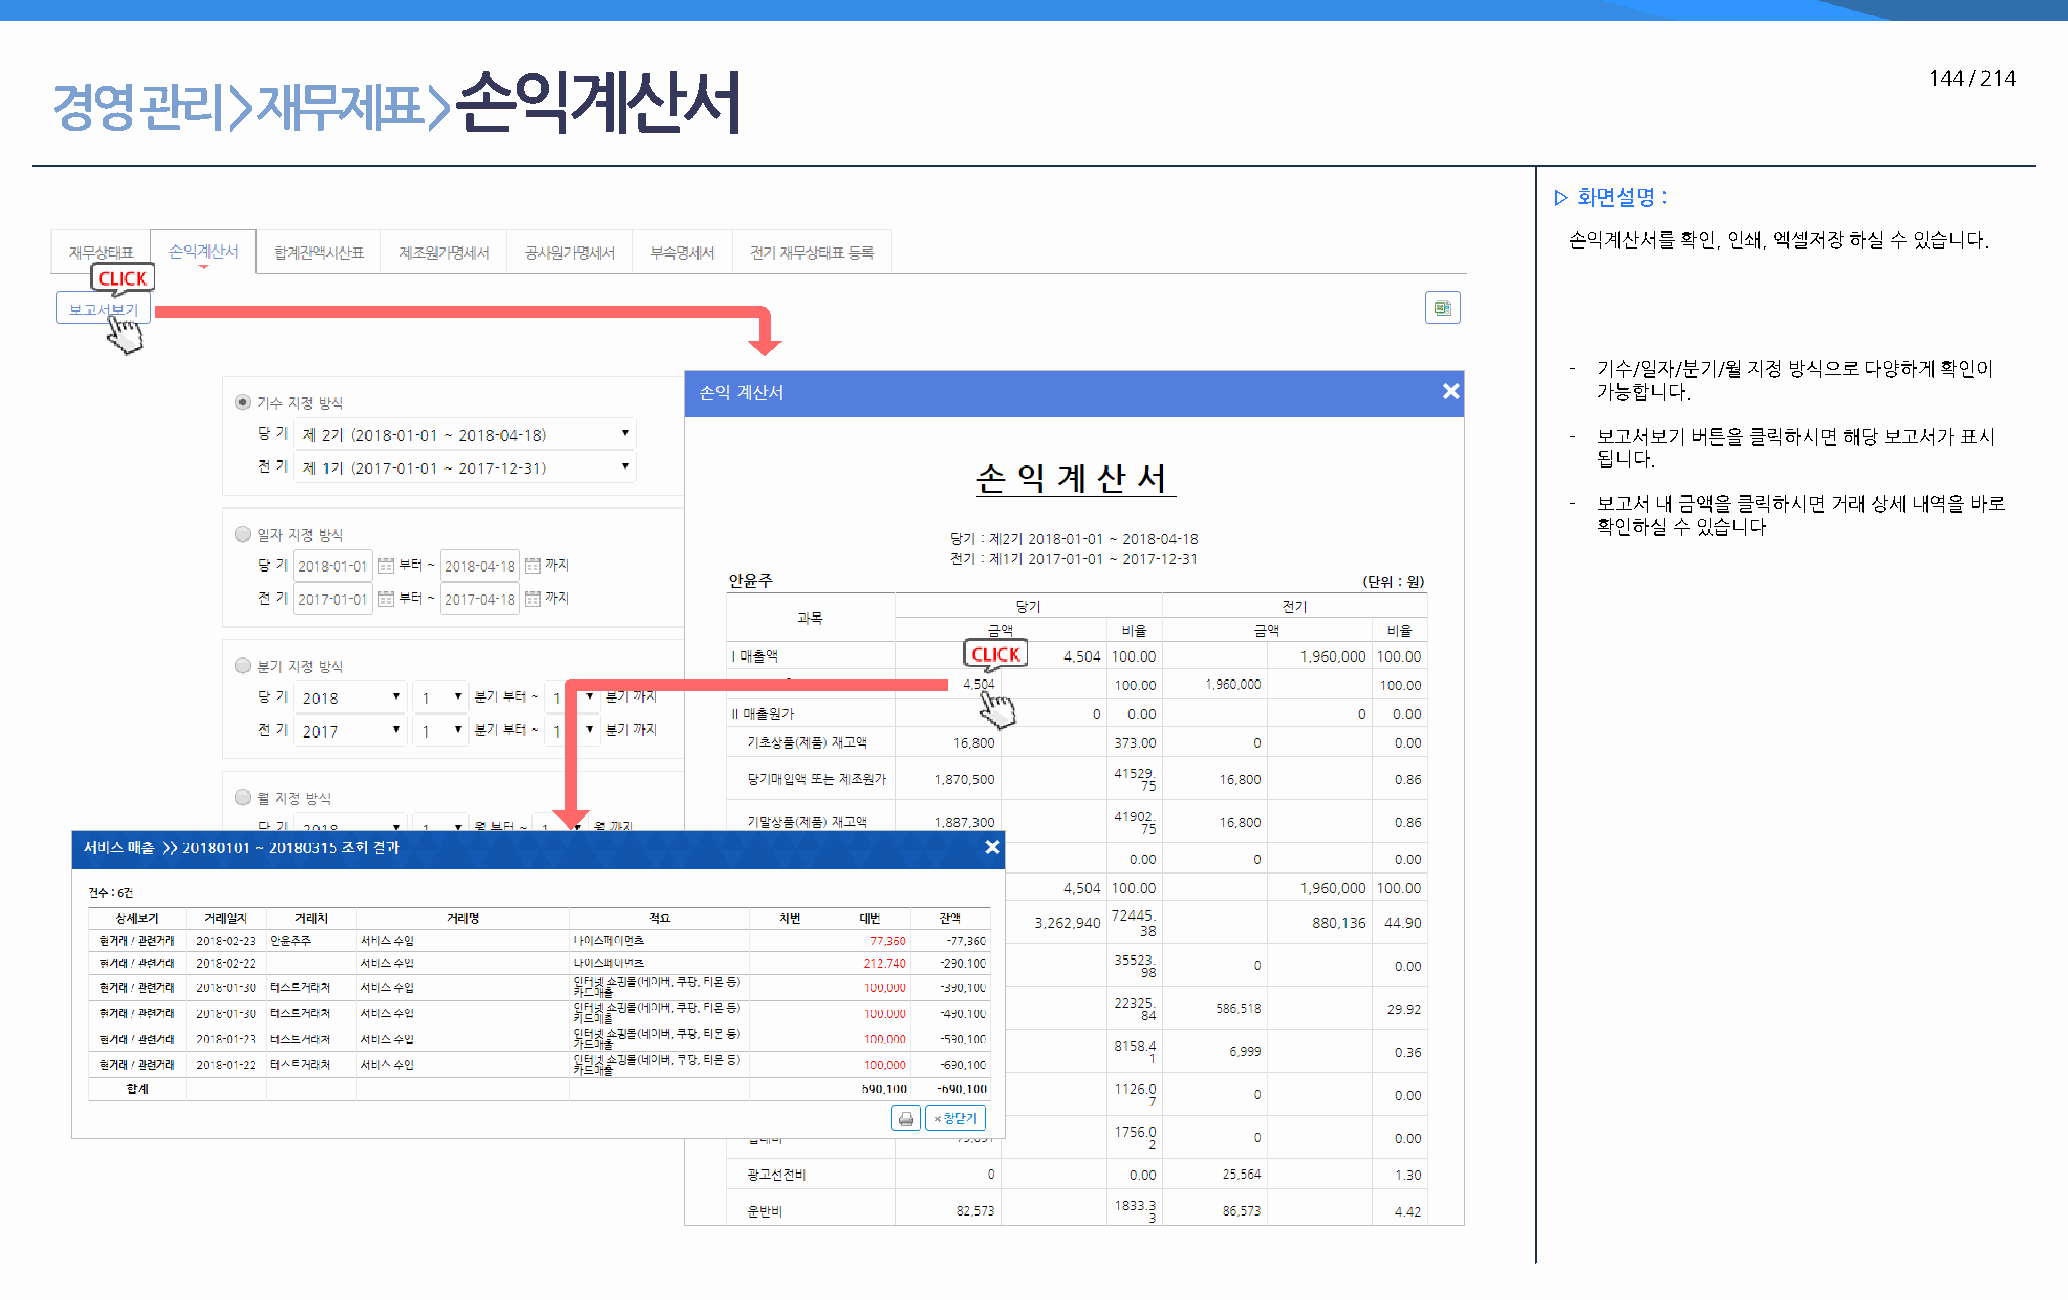
손익계산서                                                                                             144 / 214
 경영    관리    > 재무제표       >
 ▷ 화면설명 :
 손익계산서를 확인, 인쇄, 엑셀저장 하실 수 있습니다.
 - 기수/일자/분기/월 지정 방식으로 다양하게 확인이
 가능합니다.
 - 보고서보기 버튼을 클릭하시면 해당 보고서가 표시
 됩니다.
 - 보고서 내 금액을 클릭하시면 거래 상세 내역을 바로
 확인하실 수 있습니다